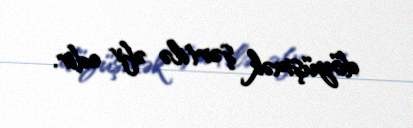
döyüşmək şərtilə əfv edir.